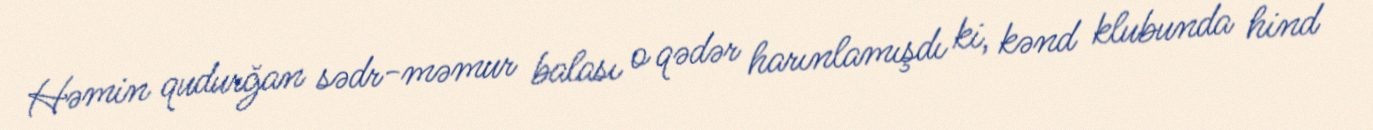
Həmin qudurğan sədr-məmur balası o qədər harınlamışdı ki, kənd klubunda hind